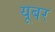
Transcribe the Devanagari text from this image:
यूबर